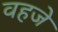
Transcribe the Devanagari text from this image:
वहजे